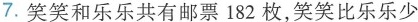
7.笑笑和乐乐共有邮票182枚，笑笑比乐乐少